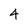
Character: 4